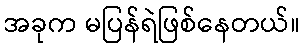
အခုက မပြန်ရဲဖြစ်နေတယ်။